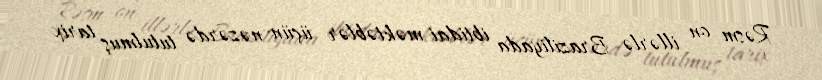
Rəsm on illərlə Braziliyada ibtidai məktəblər üçün nəzərdə tutulmuş tarix